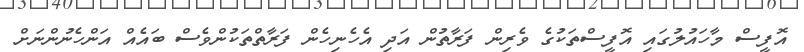
އޮފީސް މާހައުލުގައި އޮފީސްތަކުގެ ވެރިން ފަރާތުން އަދި އެހެނިހެން ފަރާތްތަކުންވެސް ބައެއް އަންހެނުންނަށް